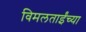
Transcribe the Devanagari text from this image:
विमलताईंच्या